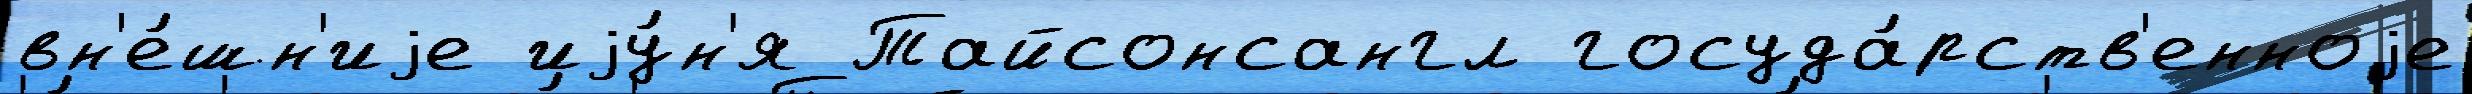
вн'е́шн'иjе иjу́н'я Тайсонсангл госуда́рств'енноjе